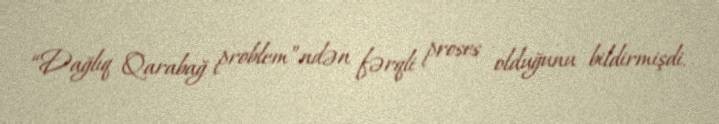
“Dağlıq Qarabağ problem”ndən fərqli proses olduğunu bildirmişdi.